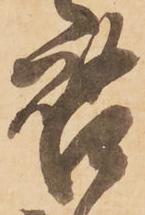
啓